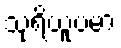
သုရိယူပမာ